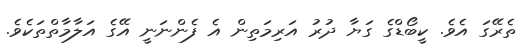
ތެރޭގަ އެވެ. ކީބޯޑްގެ ގަޔާ ދުރު އަރިމަތިން އެ ފެންނަނީ އޭގެ އަލާމާތްތަކެވެ.